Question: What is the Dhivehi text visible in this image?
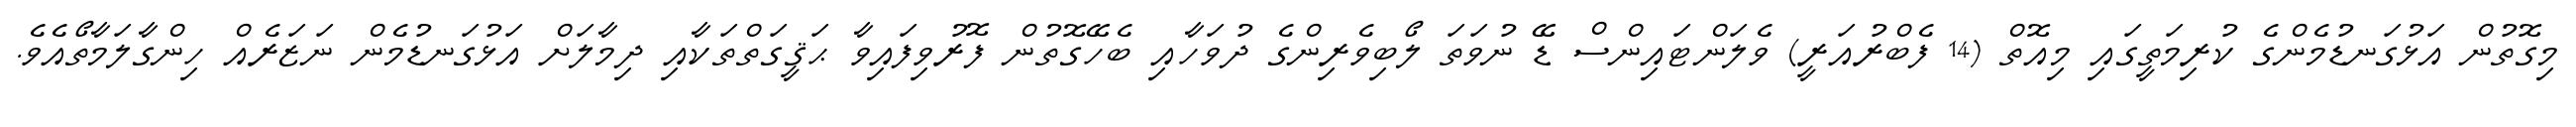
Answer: މިގޮތުން އަޅުގަނޑުމެންގެ ކުރިމަތީގައި މިއޮތް (14 ފެބްރުއަރީ) ވެލަންޓައިންސް ޑޭ ނުވަތަ ލޯބިވެރިންގެ ދުވަހާއި ބެހޭގޮތުން ފޮރުވިފައިވާ ޙަޤީގަތްތަކާއި ދިމާލަށް އަޅުގަނޑުމެން ނަޒަރެއް ހިންގާލަމާތޯއެވެ.